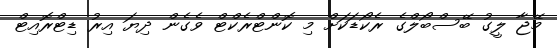
މޭޖާ ލީގު ބޭސްބޯލްގެ ރެކޯޑަކަށް މި ކޮންޓްރެކްޓް ވެގެން ދިޔަ އިރު ޑިޓްރޮއިޓް